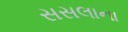
સસલાના